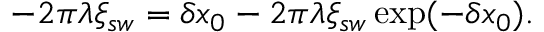
\begin{array} { r } { - 2 \pi \lambda \xi _ { s w } = \delta x _ { 0 } - 2 \pi \lambda \xi _ { s w } \exp ( - \delta x _ { 0 } ) . } \end{array}